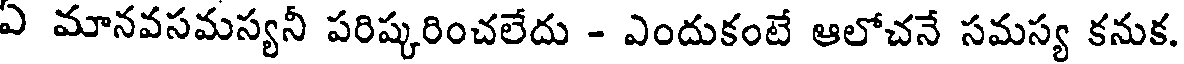
ఏ మానవసమస్యనీ పరిష్కరించలేదు - ఎందుకంటే ఆలోచనే సమస్య కనుక